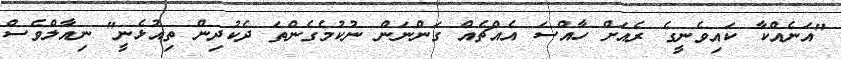
"އަނެއްކާ ކައިވެނީގެ ރެއަށް ހާއްސަ އެއްޗެއް ގަންނަން ނުކުމެގެންތަ ދެކުދިން ތިއުޅެނީ" ނިއާލްވެސް